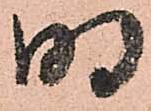
明